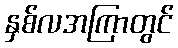
နှစ်လအကြာတွင်